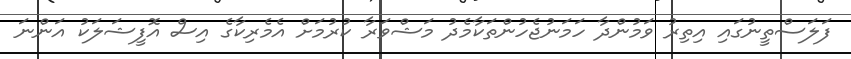
ފަލަސްތީނުގައި އިތިރު ވަމުންދާ ހަމަނުޖެހުންތަކާމެދު މަޝްވަރާ ކުރުމަށް އެމެރިކާގެ އިސް އޮފީޝަލަކު އަންނަ